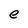
Character: e